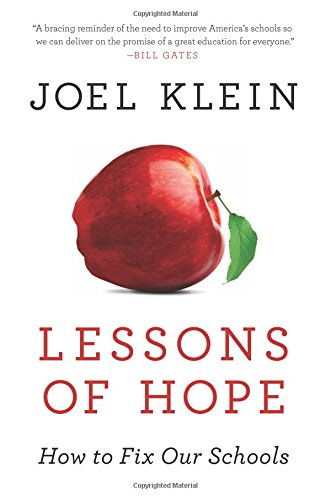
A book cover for Lessons of Hope: How to Fix Our Schools; Joel Klein; Biographies & Memoirs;